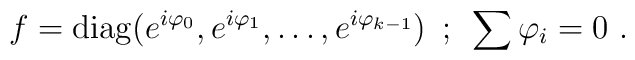
f={\rm diag} (e^{i\varphi_0},e^{i\varphi_1},\ldots ,e^{i\varphi_{k-1}})\hskip 0.2cm ; \hskip 0.2cm \sum \varphi_{i}=0\,\, .